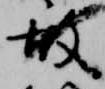
故